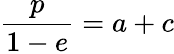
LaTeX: \frac{p}{1-e}=a+c